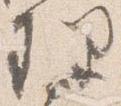
理